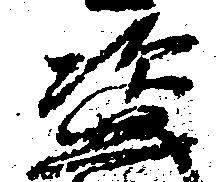
盗